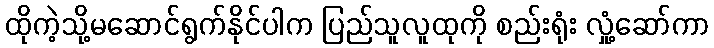
ထိုကဲ့သို့မဆောင်ရွက်နိုင်ပါက ပြည်သူလူထုကို စည်းရုံး လှုံ့ဆော်ကာ